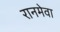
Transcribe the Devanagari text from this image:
रानमेवा